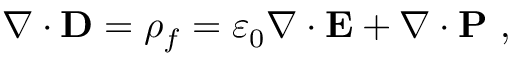
\nabla \cdot \mathbf { D } = \rho _ { f } = \varepsilon _ { 0 } \nabla \cdot \mathbf { E } + \nabla \cdot \mathbf { P } \ ,